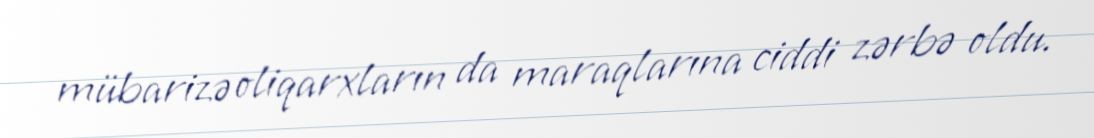
mübarizə oliqarxların da maraqlarına ciddi zərbə oldu.